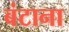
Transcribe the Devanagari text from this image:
बंटाना